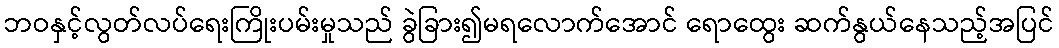
ဘဝနှင့်လွတ်လပ်ရေးကြိုးပမ်းမှုသည် ခွဲခြား၍မရလောက်အောင် ရောထွေး ဆက်နွယ်နေသည့်အပြင်